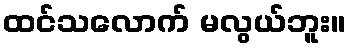
ထင်သလောက် မလွယ်ဘူး။